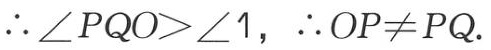
\(\therefore \angle PQO>\angle 1,\ \therefore OP\neq PQ.\)